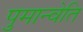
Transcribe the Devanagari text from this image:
पुमान्वेति